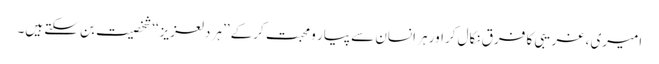
امیری ، غریبی کا فرق نکال کراور ہر انسان سے پیار و محبت کرکے ’’ہر دلعزیز‘‘ شخصیت بن سکتے ہیں۔